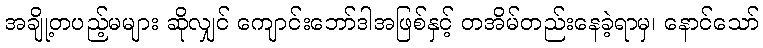
အချို့တပည့်မများ ဆိုလျှင် ကျောင်းဘော်ဒါအဖြစ်နှင့် တအိမ်တည်းနေခဲ့ရာမှ၊ နောင်သော်